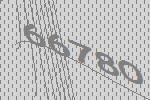
66780